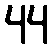
44